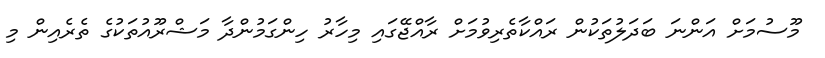
މޫސުމަށް އަންނަ ބަދަލުތަކުން ރައްކާތެރިވުމަށް ރާއްޖޭގައި މިހާރު ހިންގަމުންދާ މަޝްރޫއުތަކުގެ ތެރެއިން މި